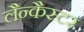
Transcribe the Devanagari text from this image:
लैन्कैस्टर